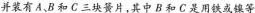
并装有A、B和C三块簧片，其中B和C是用铁或镍等